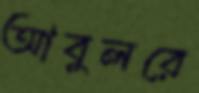
আবুলরে